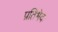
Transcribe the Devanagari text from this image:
प्रतिभेदः